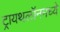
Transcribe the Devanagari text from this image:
ट्रायथलॉनमध्ये